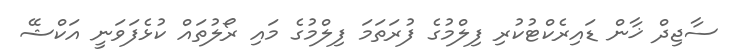
ސާޖިދް ޚާން ޑައިރެކްޓުކުރި ފިލްމުގެ ފުރަތަމަ ފިލްމުގެ މައި ރޯލުތައް ކުޅެފަވަނީ އަކްޝޭ